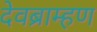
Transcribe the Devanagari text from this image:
देवब्राम्हण